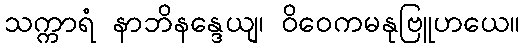
သက္ကာရံ နာဘိနန္ဒေယျ၊ ဝိဝေကမနုဗြူဟယေ။